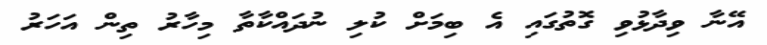
އޭނާ ވިދާޅުވި ގޮތުގައި އެ ބިމަށް ކުލި ނުދައްކާތާ މިހާރު ތިން އަހަރު